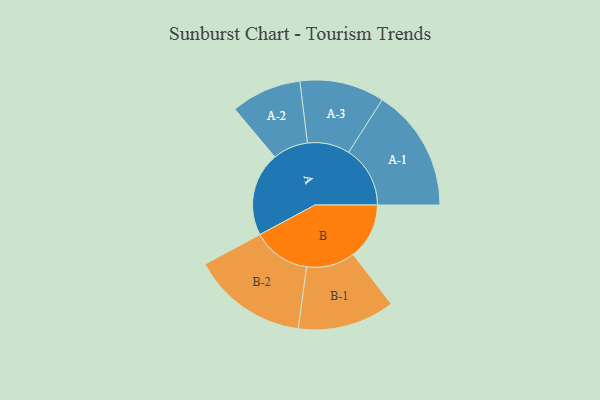
{"axis": {"x": "Segment", "y": "Value"}, "legend": ["", "A", "B"], "data": [{"x": "A", "y": 323, "type": ""}, {"x": "B", "y": 216, "type": ""}, {"x": "A-1", "y": 237, "type": "A"}, {"x": "A-2", "y": 136, "type": "A"}, {"x": "A-3", "y": 163, "type": "A"}, {"x": "B-1", "y": 187, "type": "B"}, {"x": "B-2", "y": 223, "type": "B"}]}